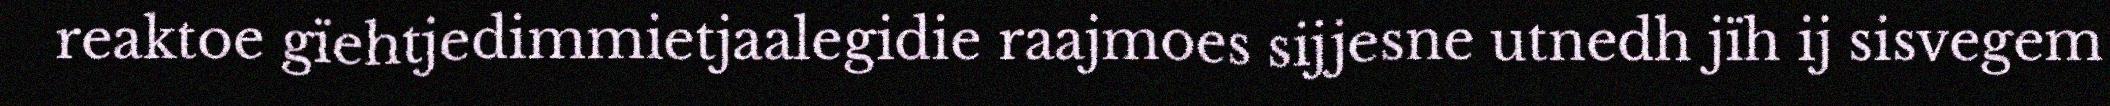
reaktoe gïehtjedimmietjaalegidie raajmoes sijjesne utnedh jïh ij sisvegem